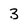
Character: 3